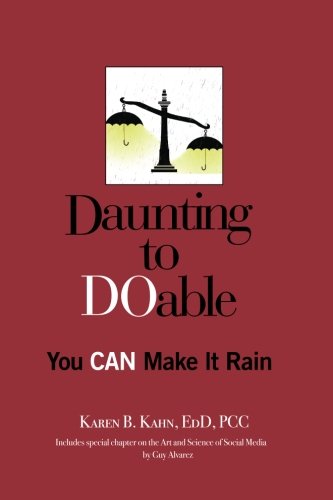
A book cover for Daunting to DOable: You CAN Make It Rain; Karen B. Kahn EdD; Law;